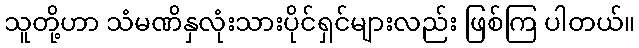
သူတို့ဟာ သံမဏိနှလုံးသားပိုင်ရှင်များလည်း ဖြစ်ကြ ပါတယ်။